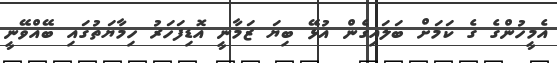
އެމީހުންގެ ގެ ކަމަށް ބަލައިގެން އުޅޭ ބިޔަ ޒަމާނީ އޮޑިފަހަރު ހިމާޔަތުގައި ބޭއްވޭނީ